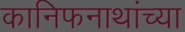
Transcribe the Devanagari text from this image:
कानिफनाथांच्या